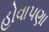
હોવાપણા